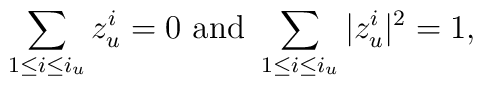
\sum_{1\leq i\leq i_u} z^i_u = 0 \mbox{ and }\sum_{1\leq i\leq i_u} |z^i_u|^2 = 1,